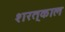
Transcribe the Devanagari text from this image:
शरत्‌काल